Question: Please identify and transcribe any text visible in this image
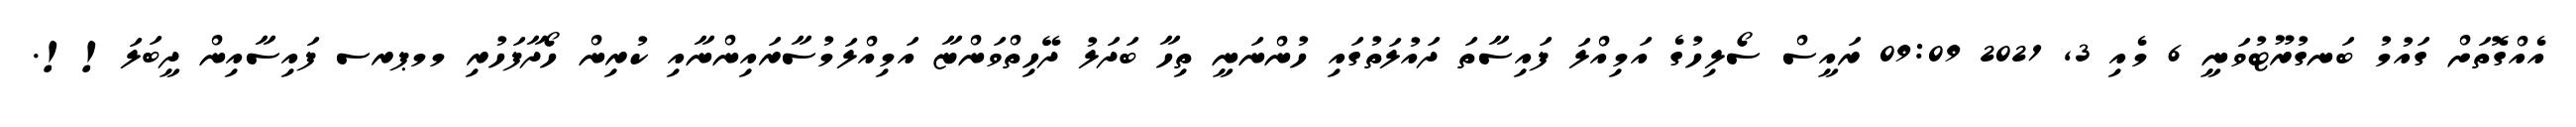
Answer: އެއްގޮތަށް ގައުމު ބަނގުރޫޓުވަނީ 6 މެއި 3, 2021 09:09 ރައީސް ސޯލިހުގެ އަމިއްލަ ފައިސާތަ ދައުލަތުގައި ހުންނަނީ ތިހާ ބަދަލު ދޭހިތްވަންޏާ އަމިއްލަމުސާރައިންނާއި ކުރިން ހޯދާފަހުރި މމޕރސ ފައިސާއިން ދީބަލަ!!.